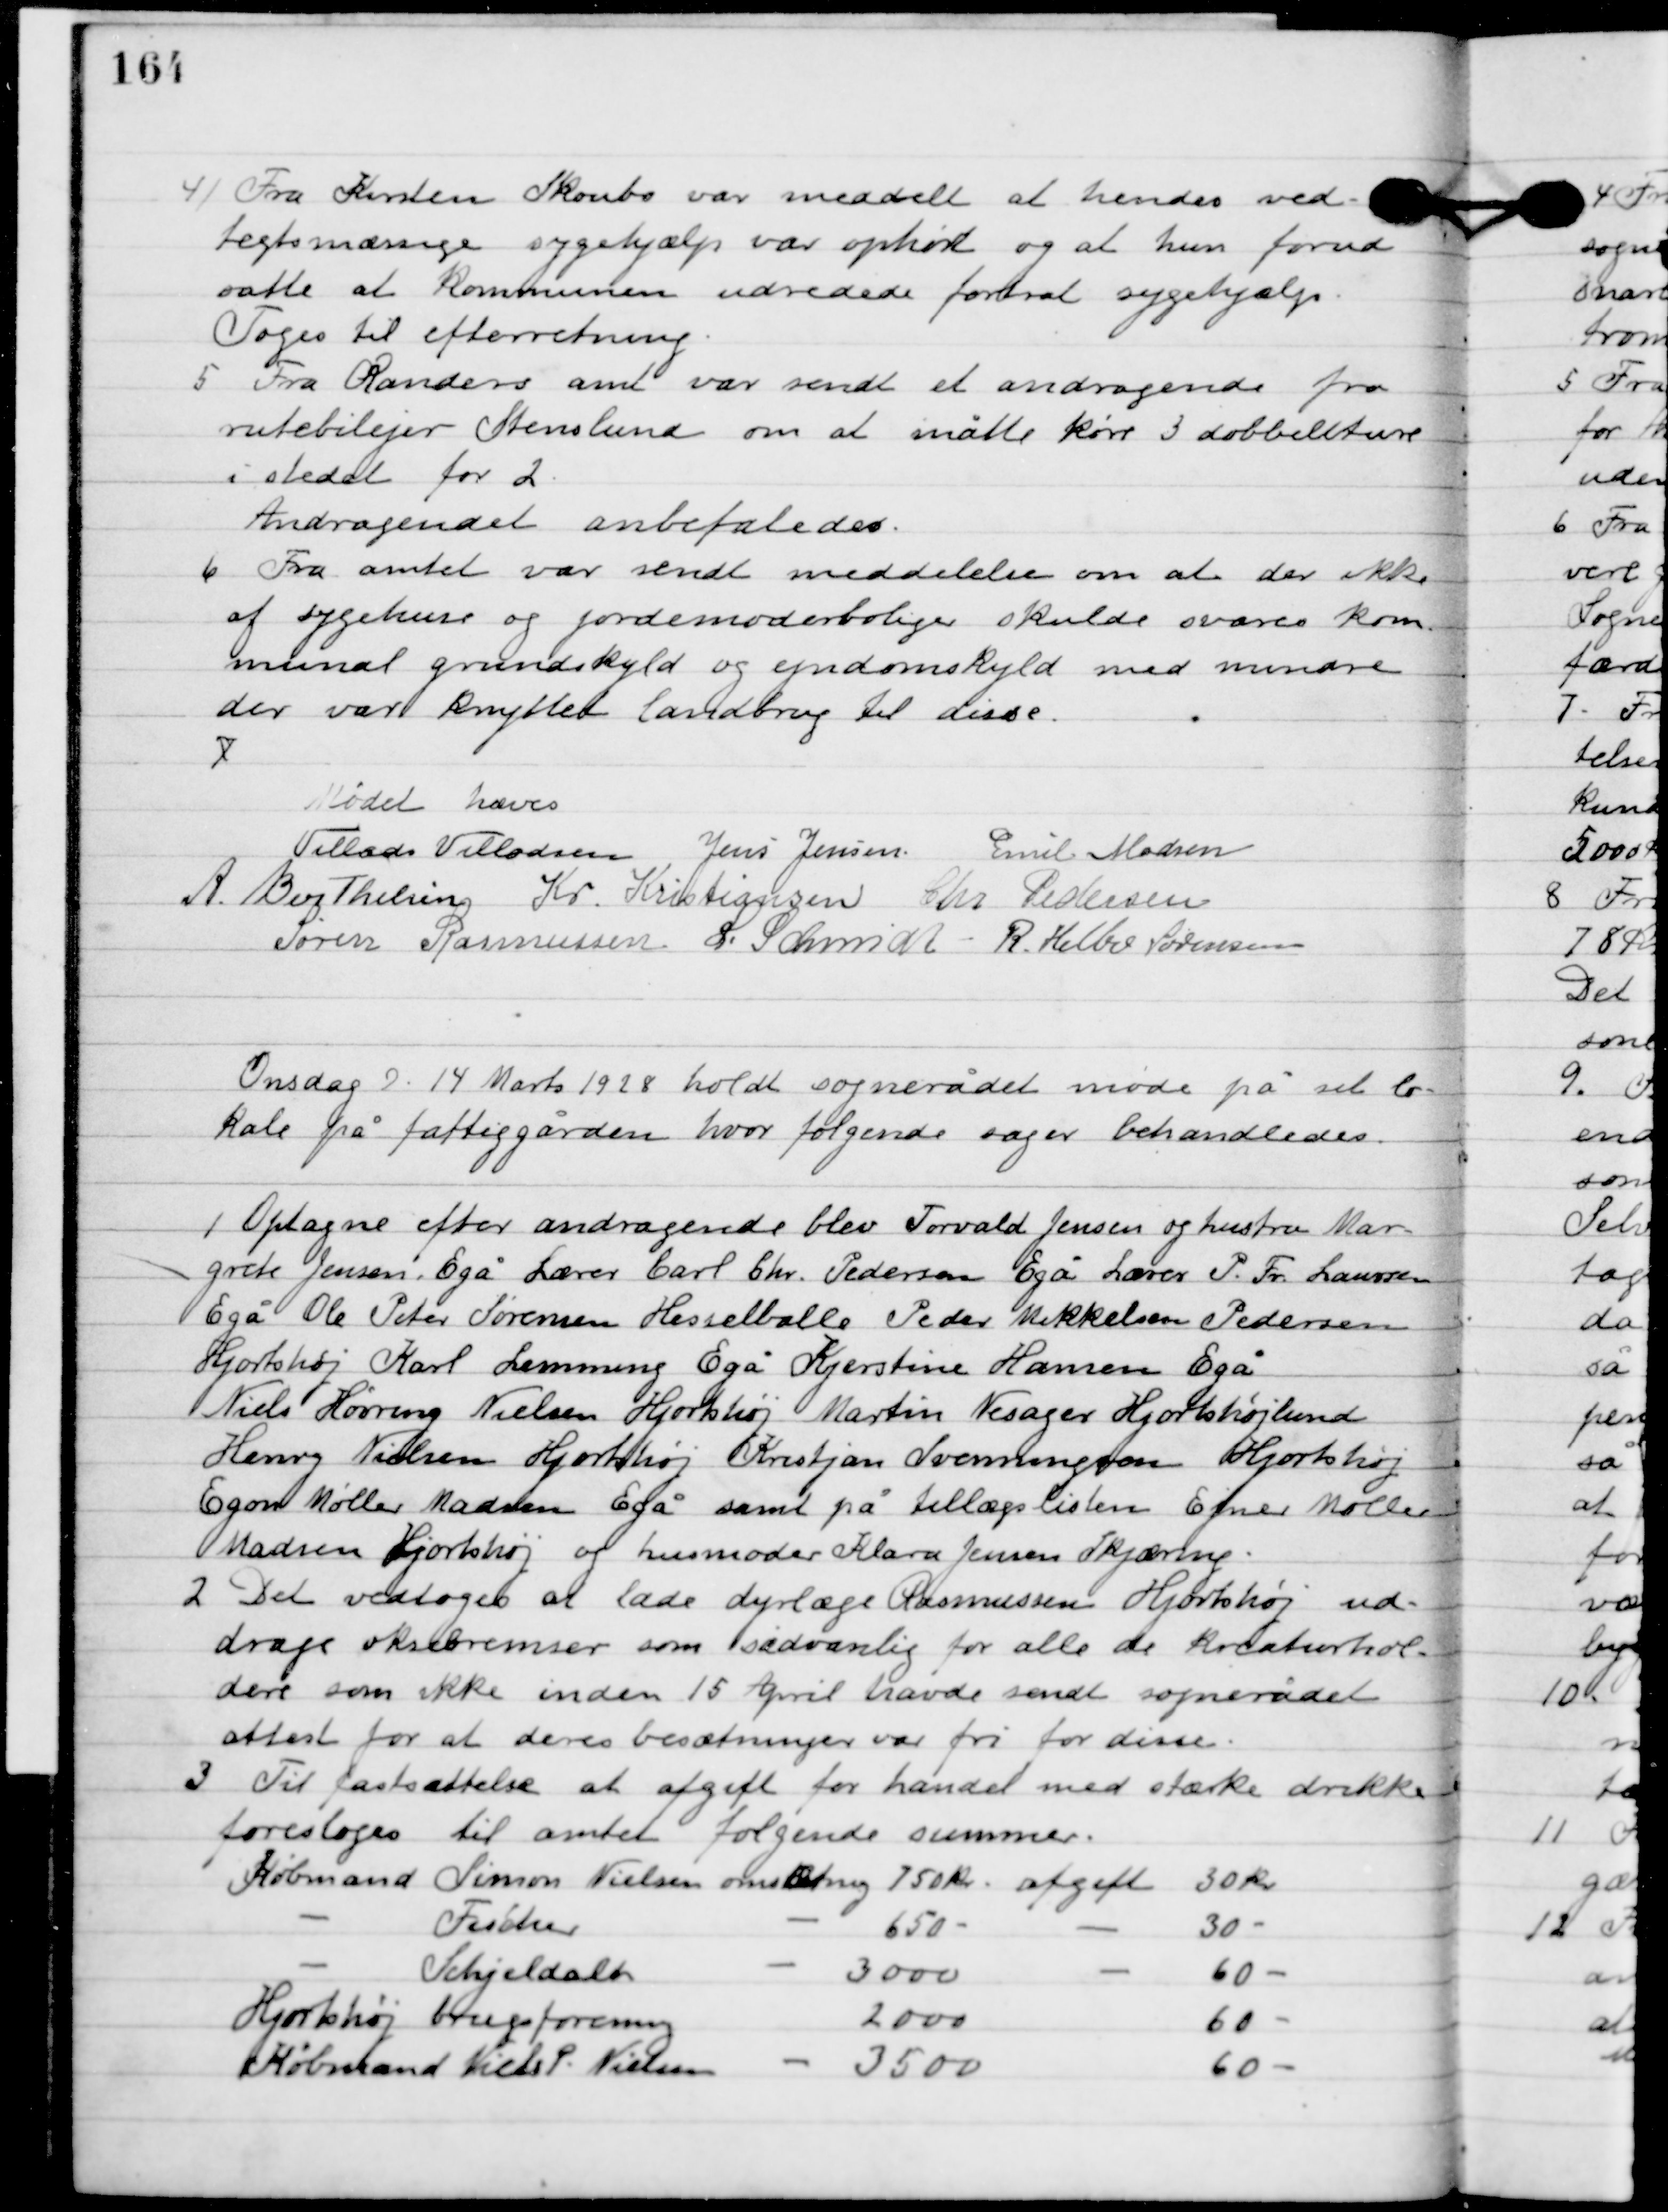
Transskription:
4

Fra Kirsten Skoubo var meddelt at hendes ved-
tegtsmæsige sygehjælp var ophørt og at hun forud
satte at kommunen udredede forsat sygehjælp.
Toges til efterretning.

5

Fra Randers amt var sendt et andragende fra
rutebilejer Stenslund om at måtte køre 3 dobbeltture
i stedet for 2.
Andragendet anbefaledes.

6

Fra amtet var sendt meddelelse om at de ikke
af sygehuset og jordmoderboliger skulde svares kom-
munal grundskyld og ejendomsskyld med mindre
der var knyttet landbrug til disse.

Mødet hævet.

Villads J. Villadsen
Jens Jensen
Emil Madsen
A. Berthelsen
Kr. Kristiansen
Chr. Pedersen
Søren Rasmussen
I. Schmidt
R. Helbo Sørensen

Onsdag D. 14. Marts 1928 holdt sognerådet møde på sit lo-
kale på fattiggården, hvor følgende sager behandledes.

1

Optagne efter andragende blev Torvald Jensen og hustru Mar-
grete Jensen, Egå, Lærer Carl Chr. Pedersen, Egå, Lærer P. Fr. Laursen,
Egå, Ole Peter Sørensen, Hesselballe, Peder Mikkelsen, Pedersen,
Hjortshøj, Karl Lemming Egå, Kjerstine Hansen Egå,
Niels Høvring, Nielsen Hjortshøj, Martin Nesager Hjortshøjlund
Henry Nielsen Hjortshøj, Kristjan Svenningsen, Hjortshøj,
Egon Møller Madsen Egå, samt på tillægslisten Ejner Møller
Madsen Hjortshøj og husmoder Klara Jensen Skjæring.

2

Det vedtoges at lade dyrlæge Rasmussen Hjortshøj ud-
drage oksebremser som sædvanlig for alle de kreaturhol-
dere som ikke inden 15 April havde sendt sognerådet
attest for at deres besætninger var fri for disse.

3

Til fastsættelse af afgift for handel med stærke drikke
foresloges til amtet følgende summer.

Købmand Simon Nielsen	omsætning	750 kr.		Afgift 	30 kr.
			-				Fisher			-				650 	-			-		30 -
			-			Schjeldalh		-				3000 -			-		60 -
Hjortshøj brugsforening		-				2000 -			-		60 -
Købmand Niels P. Nielsen	-				3500 -			-		60 -